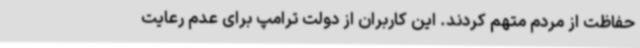
حفاظت از مردم متهم کردند. این کاربران از دولت ترامپ برای عدم رعایت